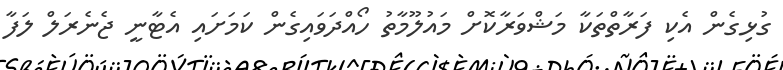
ގުޅިގެން އެކި ފަރާތްތަކާ މަޝްވަރާކޮށް މައުލޫމާތު ހޯއްދަވައިގެން ކަމަށައި އެޓާނީ ޖެނެރަލް ލަފާ